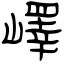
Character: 嶧